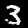
Digit: 3